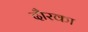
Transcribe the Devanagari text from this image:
दौरका